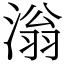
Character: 滃